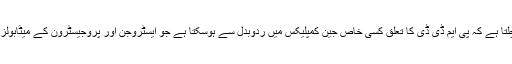
تحقیق سے پتہ چلتا ہے کہ پی ایم ڈی ڈی کا تعلق کسی خاص جین کمپلیکس میں ردوبدل سے ہوسکتا ہے جو ایسٹروجن اور پروجیسٹرون کے میٹابولزم میں شامل ہیں۔